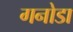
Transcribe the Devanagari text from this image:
गनोडा